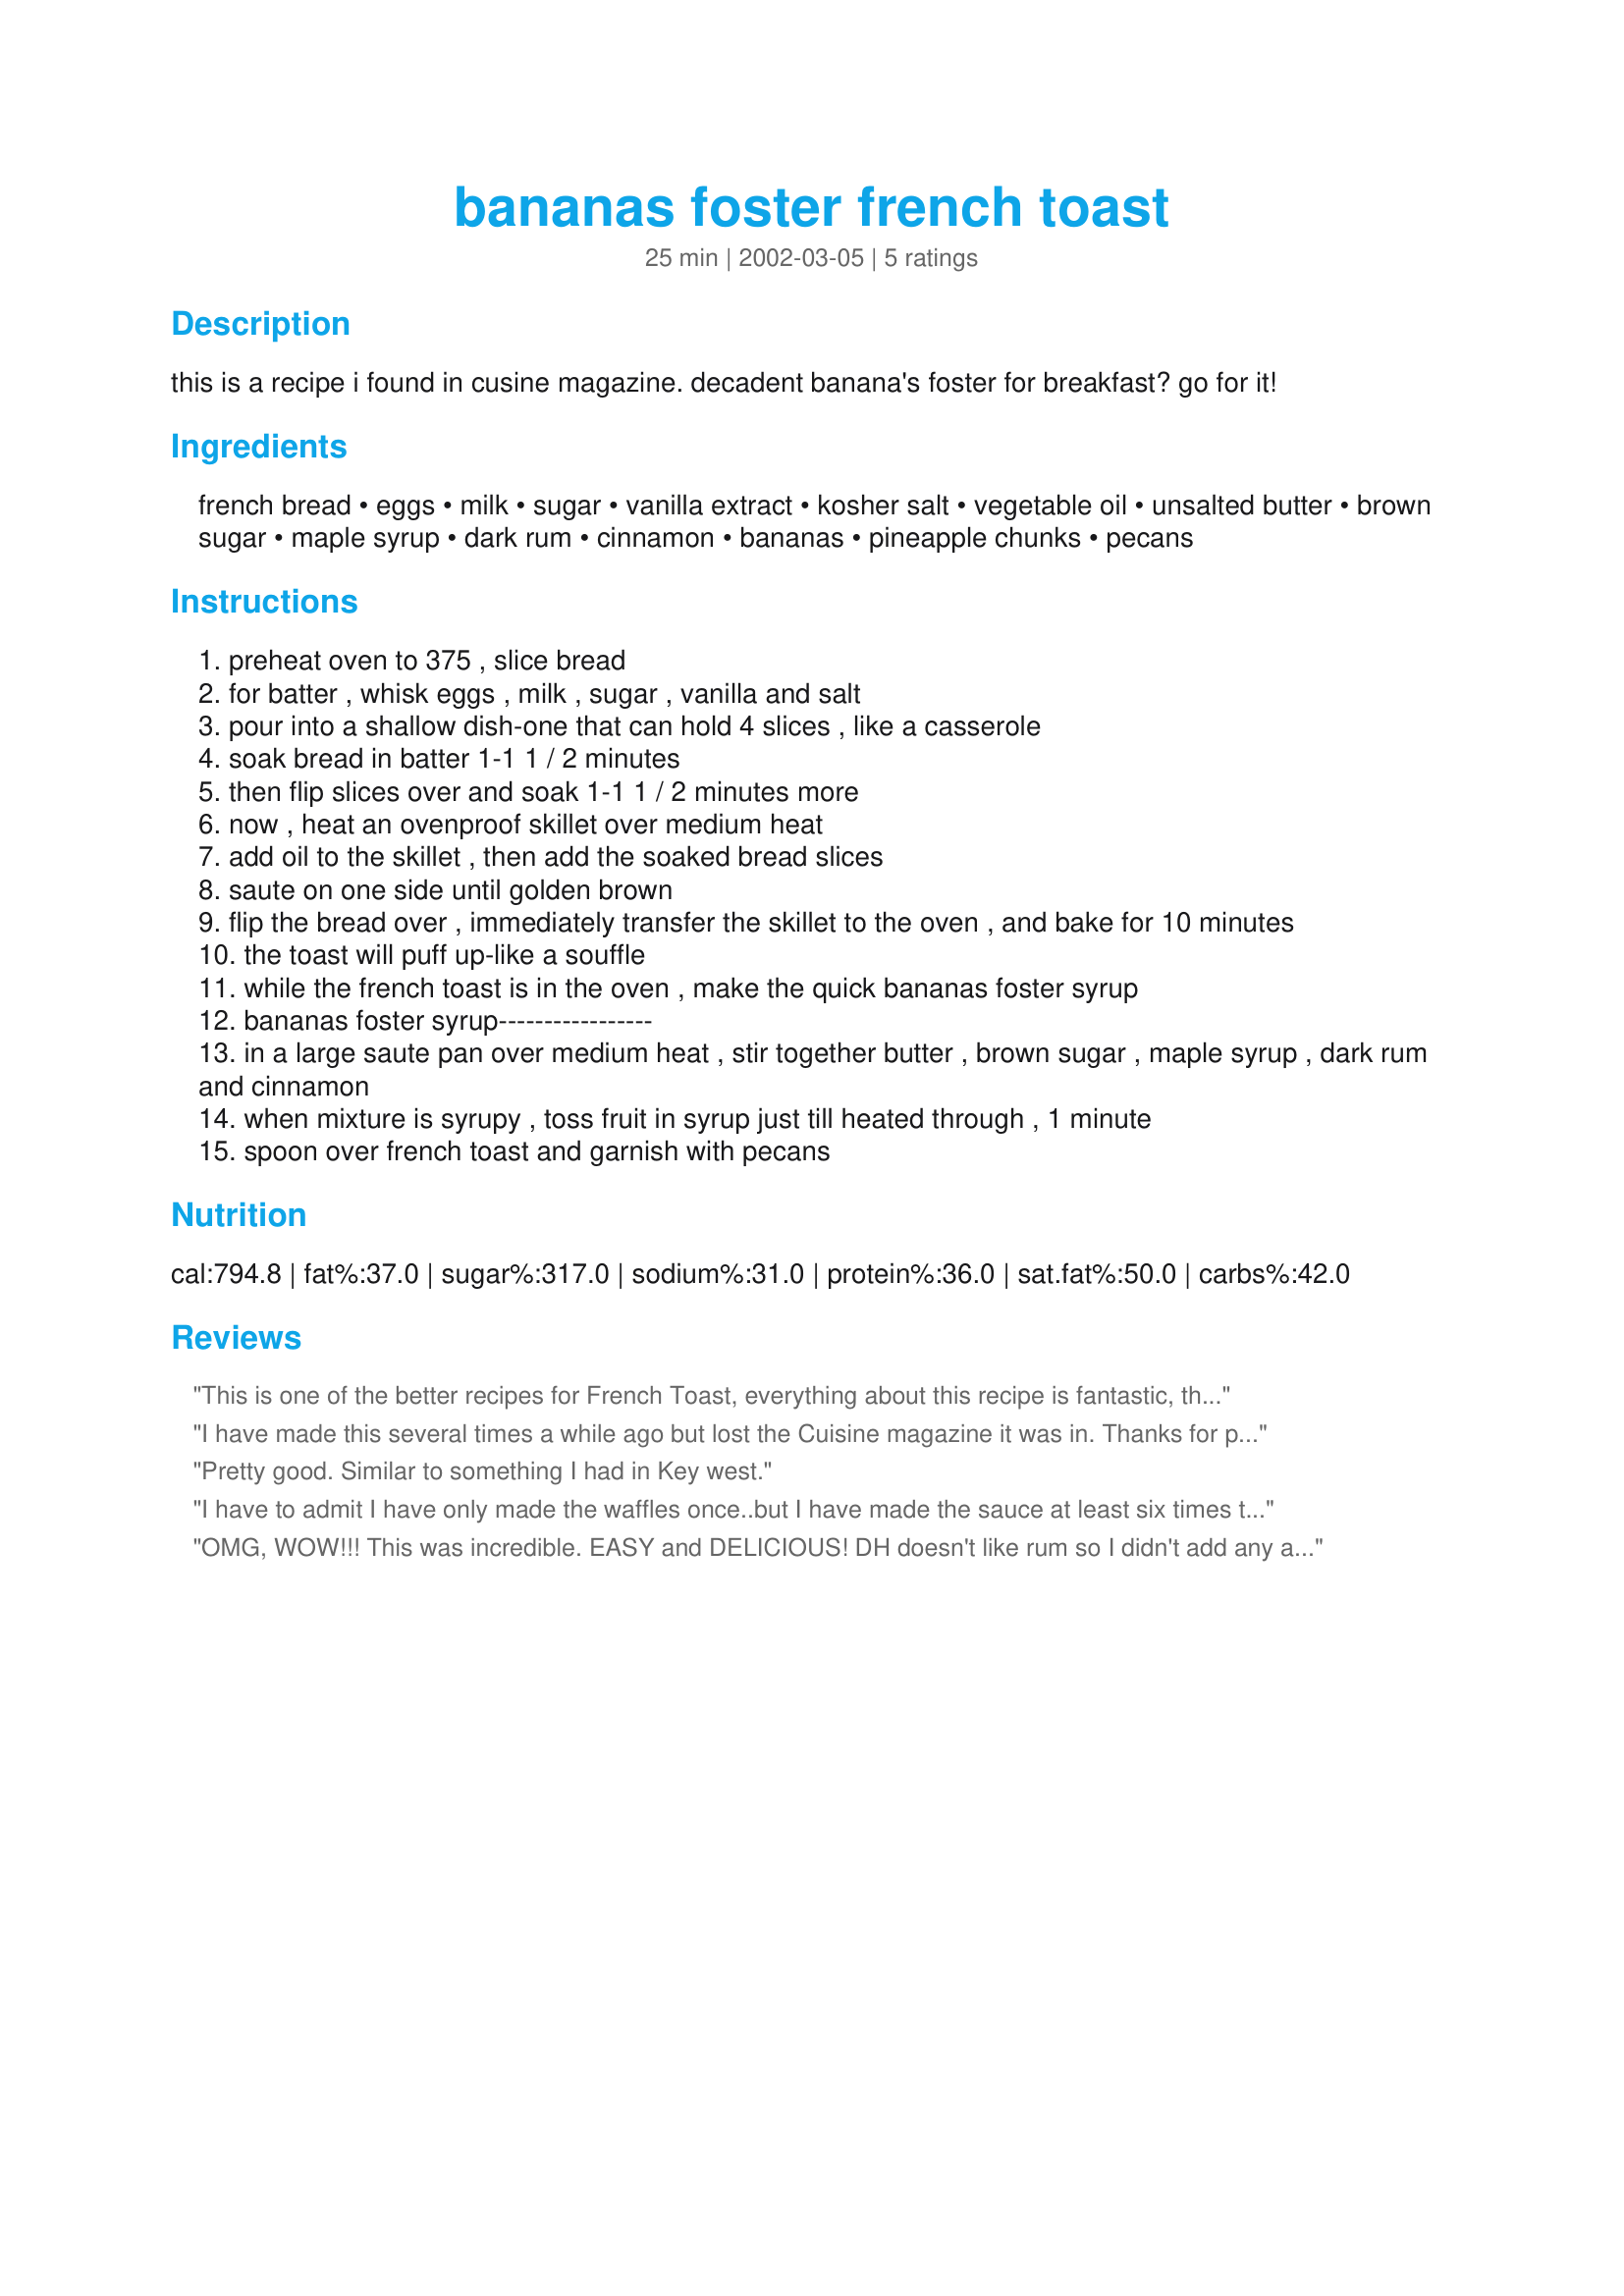
bananas foster french toast
Preparation time: 25 minutes

this is a recipe i found in cusine magazine. decadent banana's foster for breakfast? go for it!

Ingredients:
french bread, eggs, milk, sugar, vanilla extract, kosher salt, vegetable oil, unsalted butter, brown sugar, maple syrup, dark rum, cinnamon, bananas, pineapple chunks, pecans

Steps:
preheat oven to 375 , slice bread
for batter , whisk eggs , milk , sugar , vanilla and salt
pour into a shallow dish-one that can hold 4 slices , like a casserole
soak bread in batter 1-1 1 / 2 minutes
then flip slices over and soak 1-1 1 / 2 minutes more
now , heat an ovenproof skillet over medium heat
add oil to the skillet , then add the soaked bread slices
saute on one side until golden brown
flip the bread over , immediately transfer the skillet to the oven , and bake for 10 minutes
the toast will puff up-like a souffle
while the french toast is in the oven , make the quick bananas foster syrup
bananas foster syrup-----------------
in a large saute pan over medium heat , stir together butter , brown sugar , maple syrup , dark rum and cinnamon
when mixture is syrupy , toss fruit in syrup just till heated through , 1 minute
spoon over french toast and garnish with pecans

Reviews:
This is one of the better recipes for French Toast, everything about this recipe is fantastic, the syrup from this stands alone, it's so good! DH loved this for lunch, thanks for sharing this great recipe hon!...Kitten:)
I have made this several times a while ago but lost the Cuisine magazine it was in. Thanks for posting it. It is almost like a souffle, a little crispy on the outside with a wonderful custardy center and the bananas foster syrup is wonderful.
Pretty good. Similar to something I had in Key west.
I have to admit I have only made the waffles once..but I have made the sauce at least six times this summer. Fresh peaches work great instead of pineapple. Throw in some blue berries if you got them. Truly an incredible creation. Txs for the posting.
OMG, WOW!!! This was incredible. EASY and DELICIOUS! DH doesn't like rum so I didn't add any and it still tasted GREAT!!! I had some Syrup leftover and saved it for an ice cream sundae later that day. That was GREAT too! I did burn my toast a bit while frying it, but that didn't matter, it was still AMAZING! The Pineapple gave the syrup a wonderful flavor and a different twist to ordinary french toast. You must try this recipe. Enjoy everyone!
